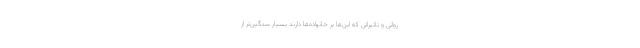
روانی و تاثیراتی که این‌ها بر خانواده‌ها دارند بسیار سنگین‌تر از